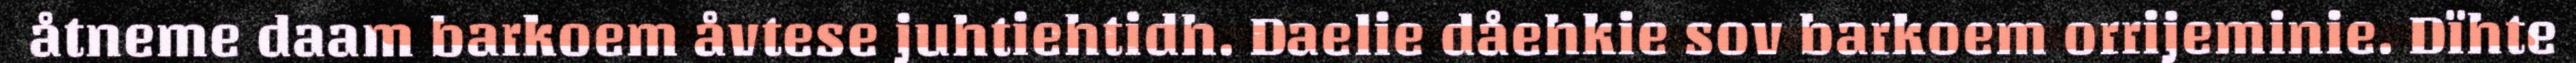
åtneme daam barkoem åvtese juhtiehtidh. Daelie dåehkie sov barkoem orrijeminie. Dïhte